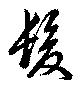
髪